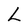
Character: L